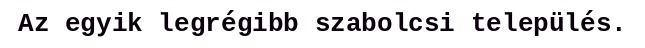
Az egyik legrégibb szabolcsi település.